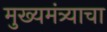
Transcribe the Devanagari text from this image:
मुख्यमंत्र्याचा